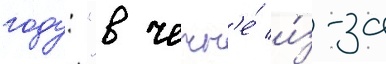
году: "в чечн'е́ и́з-за